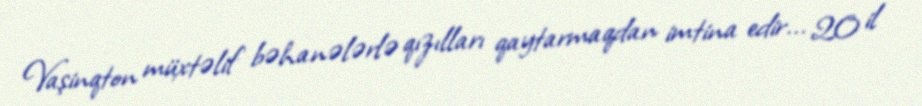
Vaşinqton müxtəlif bəhanələrlə qızılları qaytarmaqdan imtina edir... 20 il